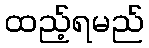
ထည့်ရမည်